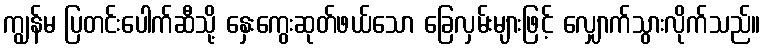
ကျွန်မ ပြတင်းပေါက်ဆီသို့ နှေးကွေးဆုတ်ဖယ်သော ခြေလှမ်းများဖြင့် လျှောက်သွားလိုက်သည်။